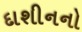
દાશીનનો